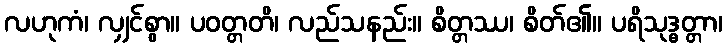
လဟုကံ၊ လျှင်စွာ။ ပဝတ္တတိ၊ လည်သနည်း။ စိတ္တဿ၊ စိတ်၏။ ပရိသုဒ္ဓတ္တာ၊